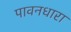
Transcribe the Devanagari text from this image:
पावनधारा